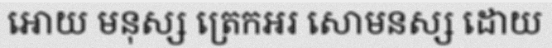
អោយ មនុស្ស ត្រេកអរ សោមនស្ស ដោយ